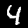
Label: 4